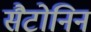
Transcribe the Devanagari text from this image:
सैटोनिन